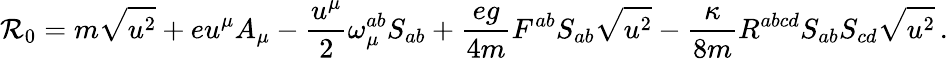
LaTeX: {\cal R}_{0}=m\sqrt{u^{2}}+eu^{\mu}A_{\mu}-\frac{u^{\mu}}{2}{\omega}_{\mu}^{ab}S_{ab}+\frac{eg}{4m}F^{ab}S_{ab}\sqrt{u^{2}}-\frac{\kappa}{8m}R^{abcd}S_{ab}S_{cd}\sqrt{u^{2}}\, .